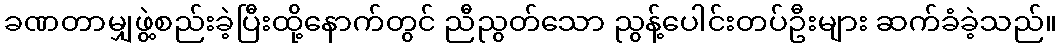
ခဏတာမျှဖွဲ့စည်းခဲ့ပြီးထို့နောက်တွင် ညီညွတ်သော ညွန့်ပေါင်းတပ်ဦးများ ဆက်ခံခဲ့သည်။